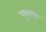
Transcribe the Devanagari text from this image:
प्युरबाच